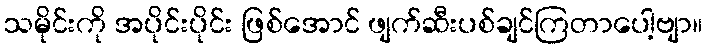
သမိုင်းကို အပိုင်းပိုင်း ဖြစ်အောင် ဖျက်ဆီးပစ်ချင်ကြတာပေါ့ဗျာ။